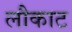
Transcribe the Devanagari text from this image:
लौकाट